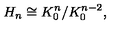
H _ { n } \cong K _ { 0 } ^ { n } / K _ { 0 } ^ { n - 2 } ,